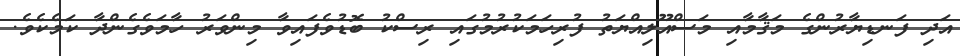
އަދި ފަނޑިޔާރުންގެ މަޤާމާއި މަސްއޫލިއްޔަތު ފުރިހަމަކުރުމުގައި ރިސްކު ބޮޑުވެފައިވާ މިންވަރު ހާމަވެގެންދާ ކަމެކެވެ.